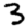
Digit: 3